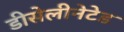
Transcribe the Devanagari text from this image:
डीसेलीनेटेड